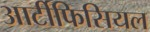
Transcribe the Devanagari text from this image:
आर्टीफिसियल